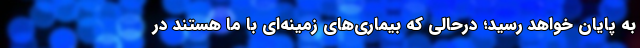
به پایان خواهد رسید؛ درحالی که بیماری‌های زمینه‌ای با ما هستند در